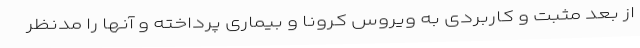
از بعد مثبت و کاربردی به ویروس کرونا و بیماری پرداخته و آنها را مدنظر